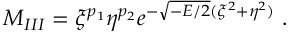
M _ { I I I } = \xi ^ { p _ { 1 } } \eta ^ { p _ { 2 } } e ^ { - \sqrt { - E / 2 } ( \xi ^ { 2 } + \eta ^ { 2 } ) } \ .